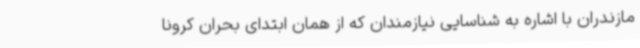
مازندران با اشاره به شناسایی نیازمندان که از همان ابتدای بحران کرونا